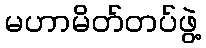
မဟာမိတ်တပ်ဖွဲ့